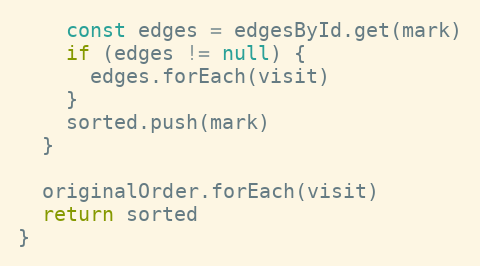
Language: JavaScript
    const edges = edgesById.get(mark)
    if (edges != null) {
      edges.forEach(visit)
    }
    sorted.push(mark)
  }

  originalOrder.forEach(visit)
  return sorted
}